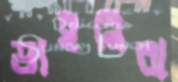
ডাইনিরা